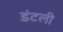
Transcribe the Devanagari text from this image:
डंटली